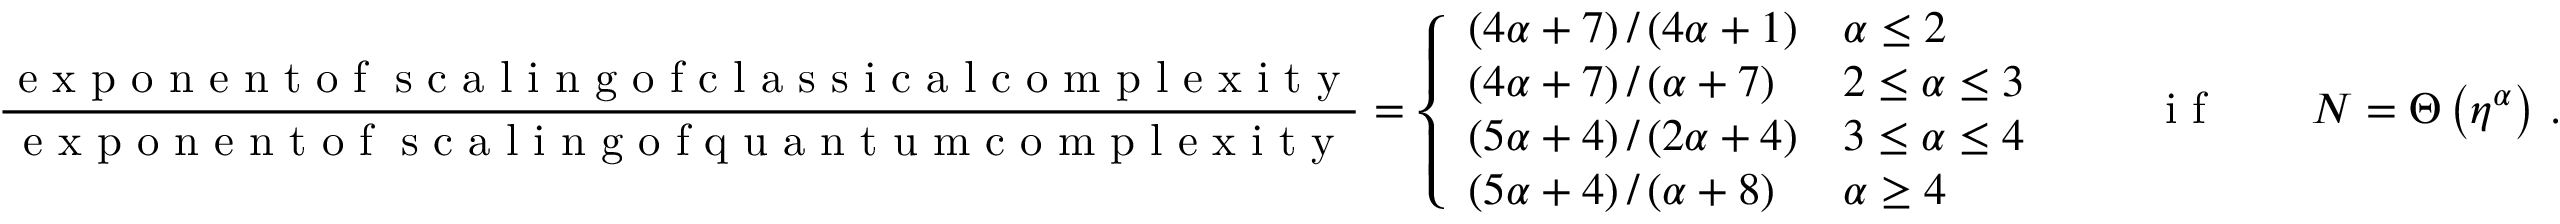
\frac { \textrm { e x p o n e n t o f \eta s c a l i n g o f c l a s s i c a l c o m p l e x i t y } } { \textrm { e x p o n e n t o f \eta s c a l i n g o f q u a n t u m c o m p l e x i t y } } = \left\{ \begin{array} { l l } { \left( 4 \alpha + 7 \right) / \left( 4 \alpha + 1 \right) } & { \alpha \leq 2 } \\ { \left( 4 \alpha + 7 \right) / \left( \alpha + 7 \right) } & { 2 \leq \alpha \leq 3 } \\ { \left( 5 \alpha + 4 \right) / \left( 2 \alpha + 4 \right) } & { 3 \leq \alpha \leq 4 } \\ { \left( 5 \alpha + 4 \right) / \left( \alpha + 8 \right) } & { \alpha \geq 4 } \end{array} \right. \qquad \textrm { i f } \qquad N = \Theta \left( \eta ^ { \alpha } \right) \, .